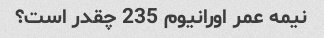
نیمه عمر اورانیوم 235 چقدر است؟